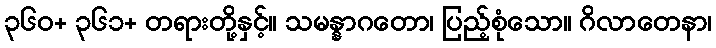
၃၆၀+ ၃၆၁+ တရားတို့နှင့်။ သမန္နာဂတော၊ ပြည့်စုံသော။ ဂိလာတေနာ၊